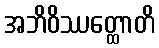
အဘိဝိဿတ္ထောတိ